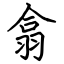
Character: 翕